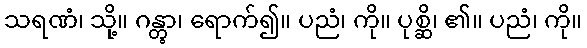
သရဏံ၊ သို့။ ဂန္တွာ၊ ရောက်၍။ ပညံ၊ ကို။ ပုစ္ဆိ၊ ၏။ ပညံ၊ ကို။